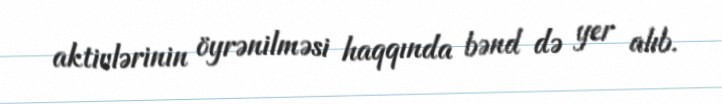
aktivlərinin öyrənilməsi haqqında bənd də yer alıb.